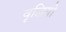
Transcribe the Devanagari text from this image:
वृद्धियो